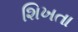
શિખતા